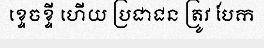
ខ្ទេចខ្ទី ហើយ ប្រជាជន ត្រូវ បែក